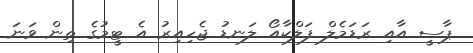
ޕާސީ އާއި ރަޑަމެލް ފަލްކާއޯ ލަނޑު ޖެހިއިރު އެ ޓީމުގެ ތިން ވަނަ